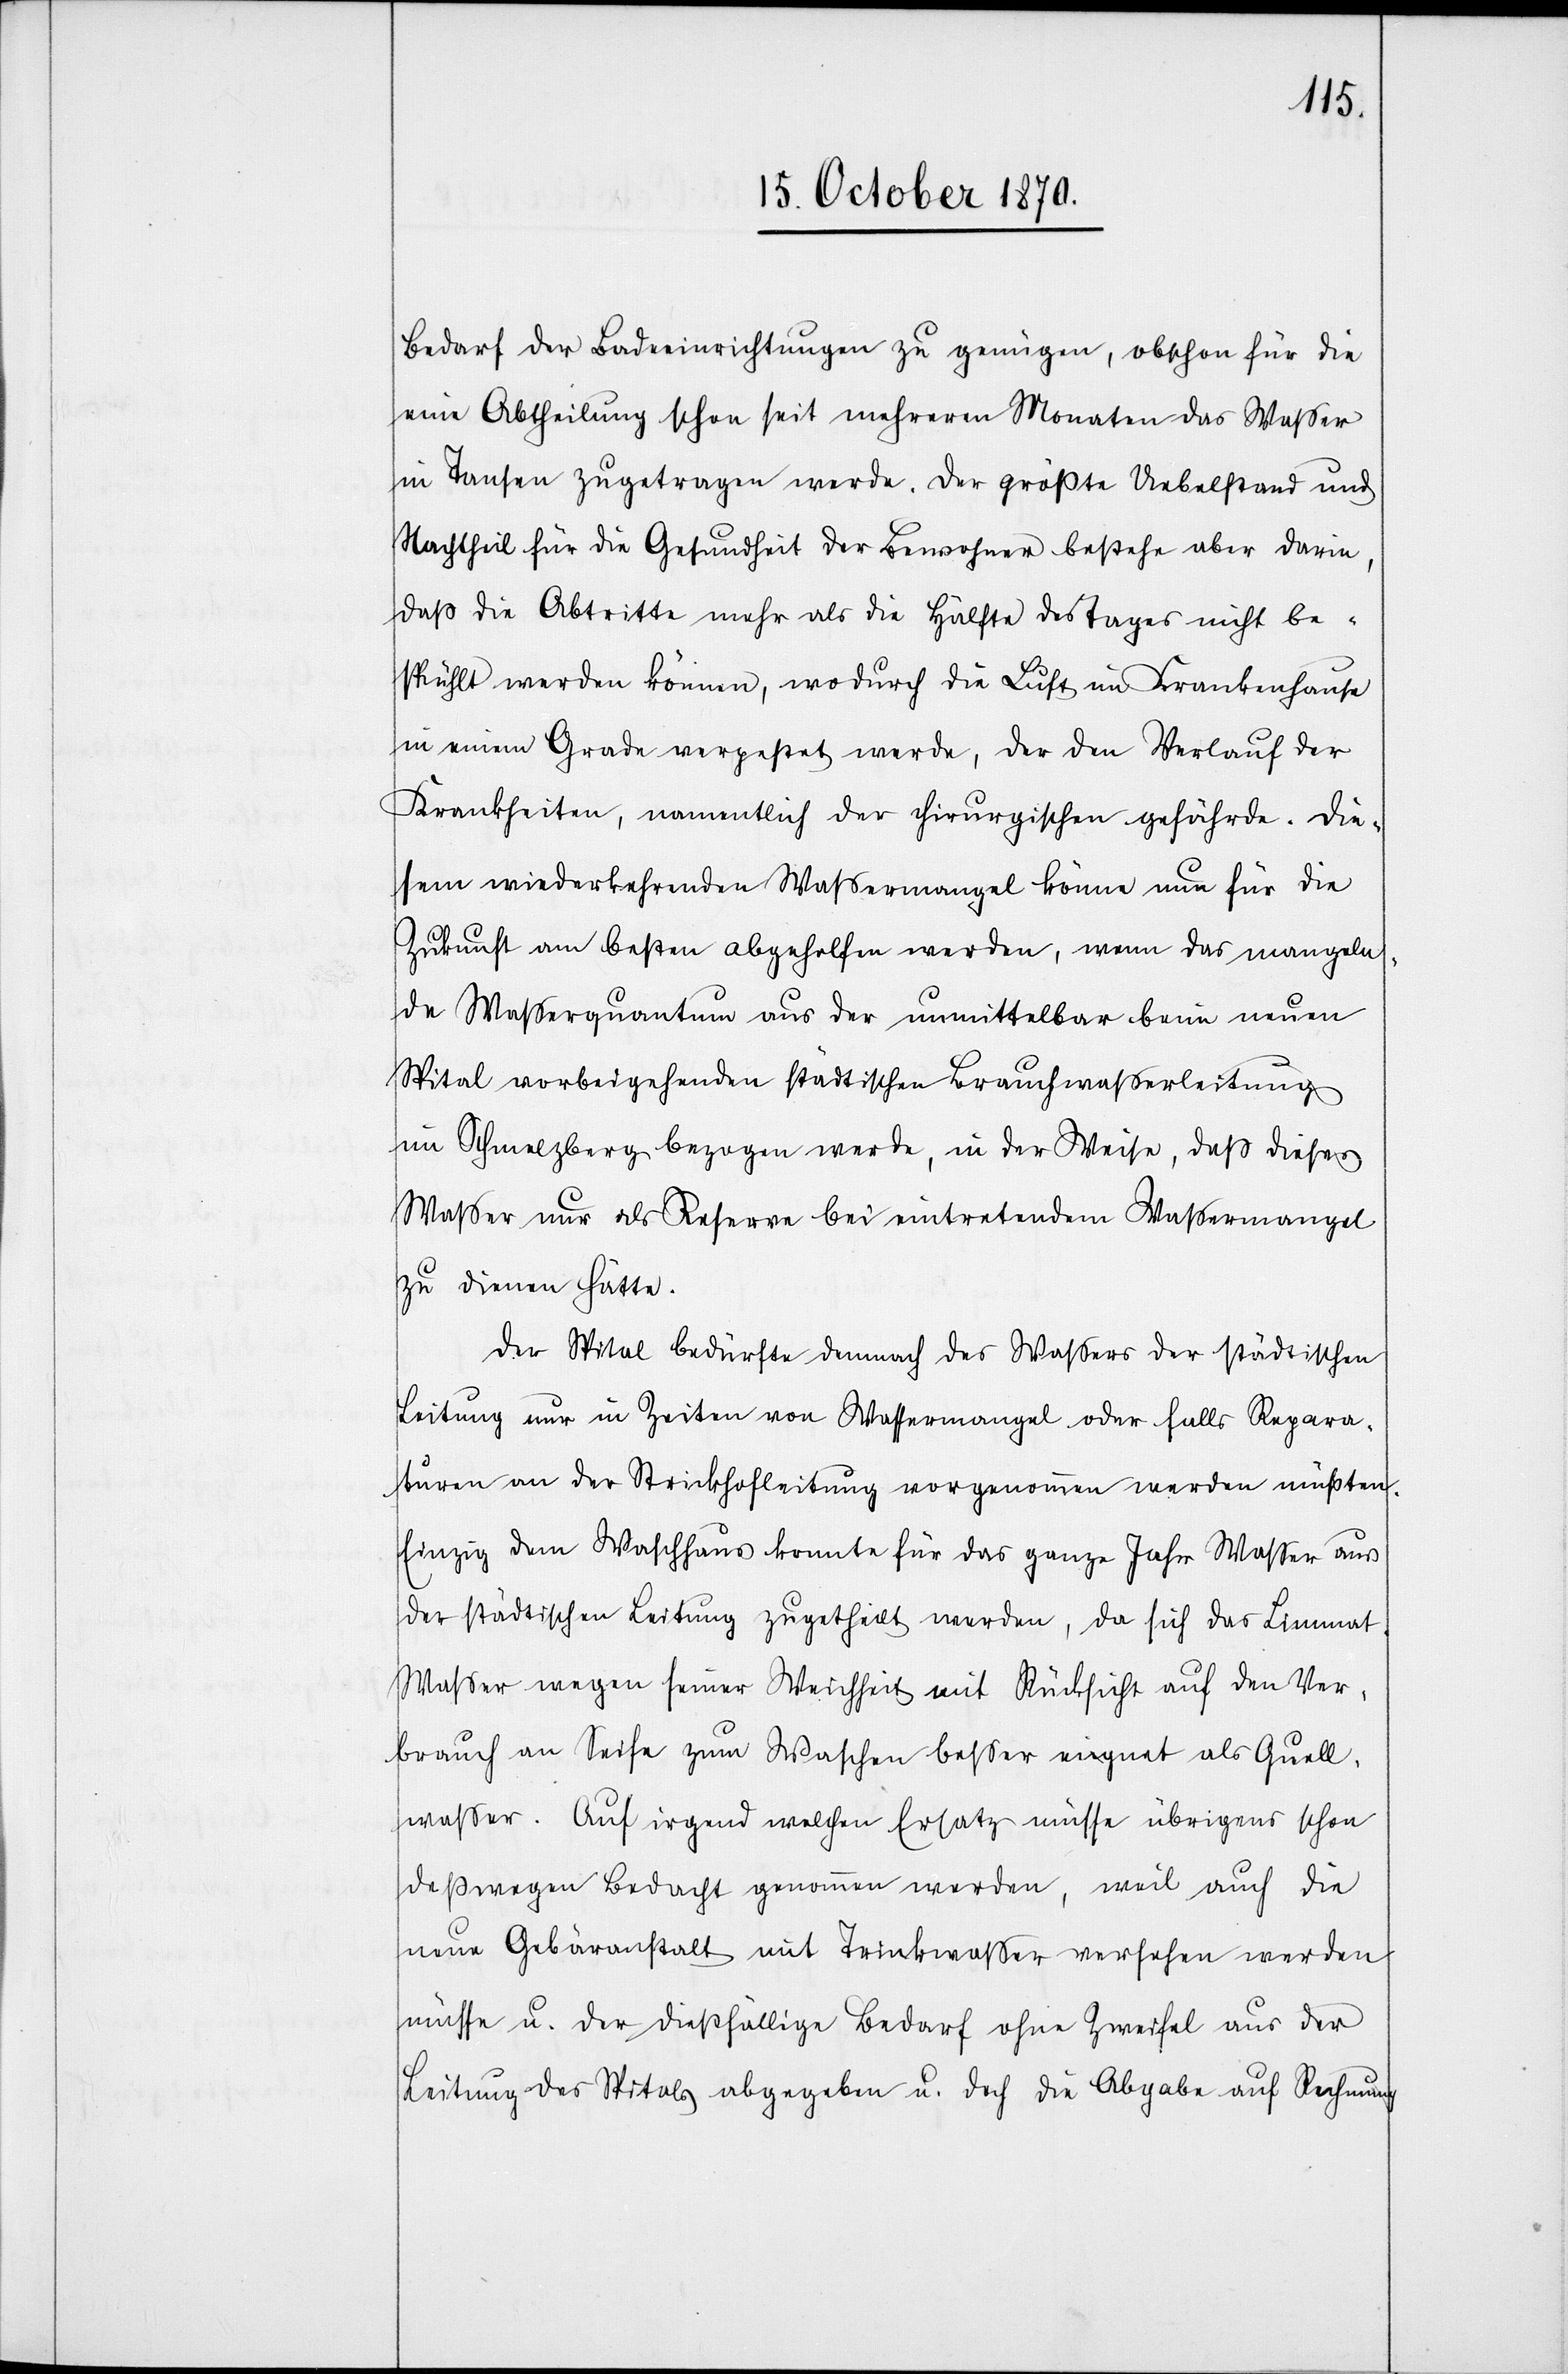
Bedarf der Badeeinrichtungen zu genügen, obschon für die
eine Abtheilung schon seit mehreren Monaten das Waßer
in Tansen zugetragen werde. Der größte Uebelstand und
Nachtheil für die Gesundheit der Bewohner bestehe aber darin,
daß die Abtritte mehr als die Hälfte des Tages nicht be¬
stuhlt werden können, wodurch die Luft im Krankenhause
in einem Grade verpestet werde, der den Verlauf der
Krankheiten, namentlich der kirurgischen gefährde. Die¬
sem wiederkehrenden Waßermangel könne nun für die
Zukunft am besten abgeholfen werden, wenn das mangeln¬
de Waßerquantum aus der unmittelbar beim neuen
Spital vorbeigehenden städtischen Brauchwaßerleitung
im Schmelzberg bezogen werde, in der Weise, daß dieses
Waßer nur als Reserve bei eintretendem Waßermangel
zu dienen hätte.
Der Spital bedürfte demnach des Waßers der städtischen
Leitung nur in Zeiten von Wassermangel oder falls Repara¬
turen an der Strickhofleitung vorgenommen werden müßten.
Einzig dem Waschhaus konnte für das ganze Jahr Wasser aus
der städtischen Leitung zugetheilt werden, da sich das Limma¬
t-Waßer wegen seiner Weichheit mit Rücksicht auf den Ver¬
brauch an Seife zum Waschen besser eignet als Quell¬
wasser. Auf irgend welchen Ersatz müsse übrigens schon
deßwegen Bedacht genommen werden, weil auch die
neue Gebäranstalt mit Trinkwasser versehen werden
müsse u. der dießfällige Bedarf ohne Zweifel aus der
Leitung des Spitals abgegeben u. doch die Abgabe auf Rechnung